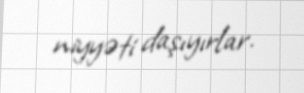
niyyəti daşıyırlar.